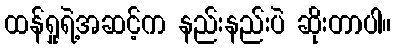
ထန်ရှုရဲ့အဆင့်က နည်းနည်းပဲ ဆိုးတာပါ။